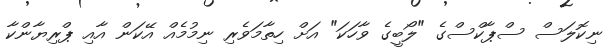
ނިކޮލަސް ސްޕާކްސްގެ "ލޯބީގެ ވާހަކަ" އަށް ހިތާމަވެރި ނިމުމެއް އޭކަން އާއި ޕްރިޔާންކާ